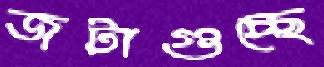
জটাগুচ্ছে